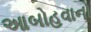
આબોહવાનો